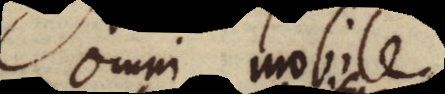
mni mobili,